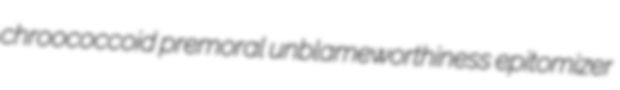
chroococcoid premoral unblameworthiness epitomizer